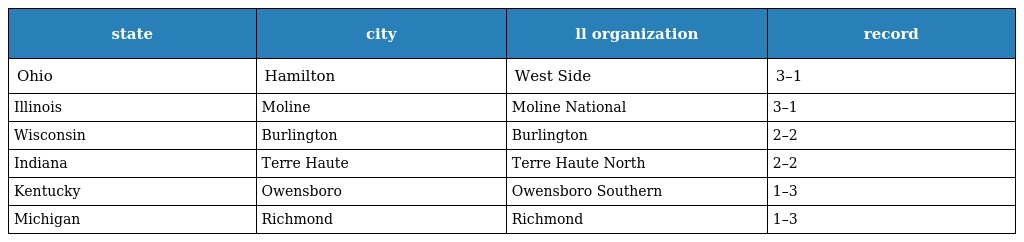
| state | city | ll organization | record |
 | --- | --- | --- | --- |
 | Ohio | Hamilton | West Side | 3–1 |
 | Illinois | Moline | Moline National | 3–1 |
 | Wisconsin | Burlington | Burlington | 2–2 |
 | Indiana | Terre Haute | Terre Haute North | 2–2 |
 | Kentucky | Owensboro | Owensboro Southern | 1–3 |
 | Michigan | Richmond | Richmond | 1–3 |